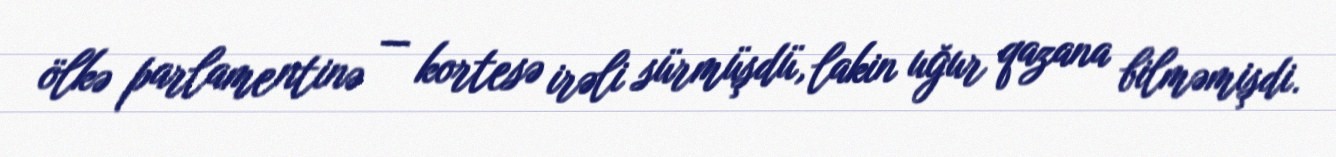
ölkə parlamentinə — kortesə irəli sürmüşdü, lakin uğur qazana bilməmişdi.